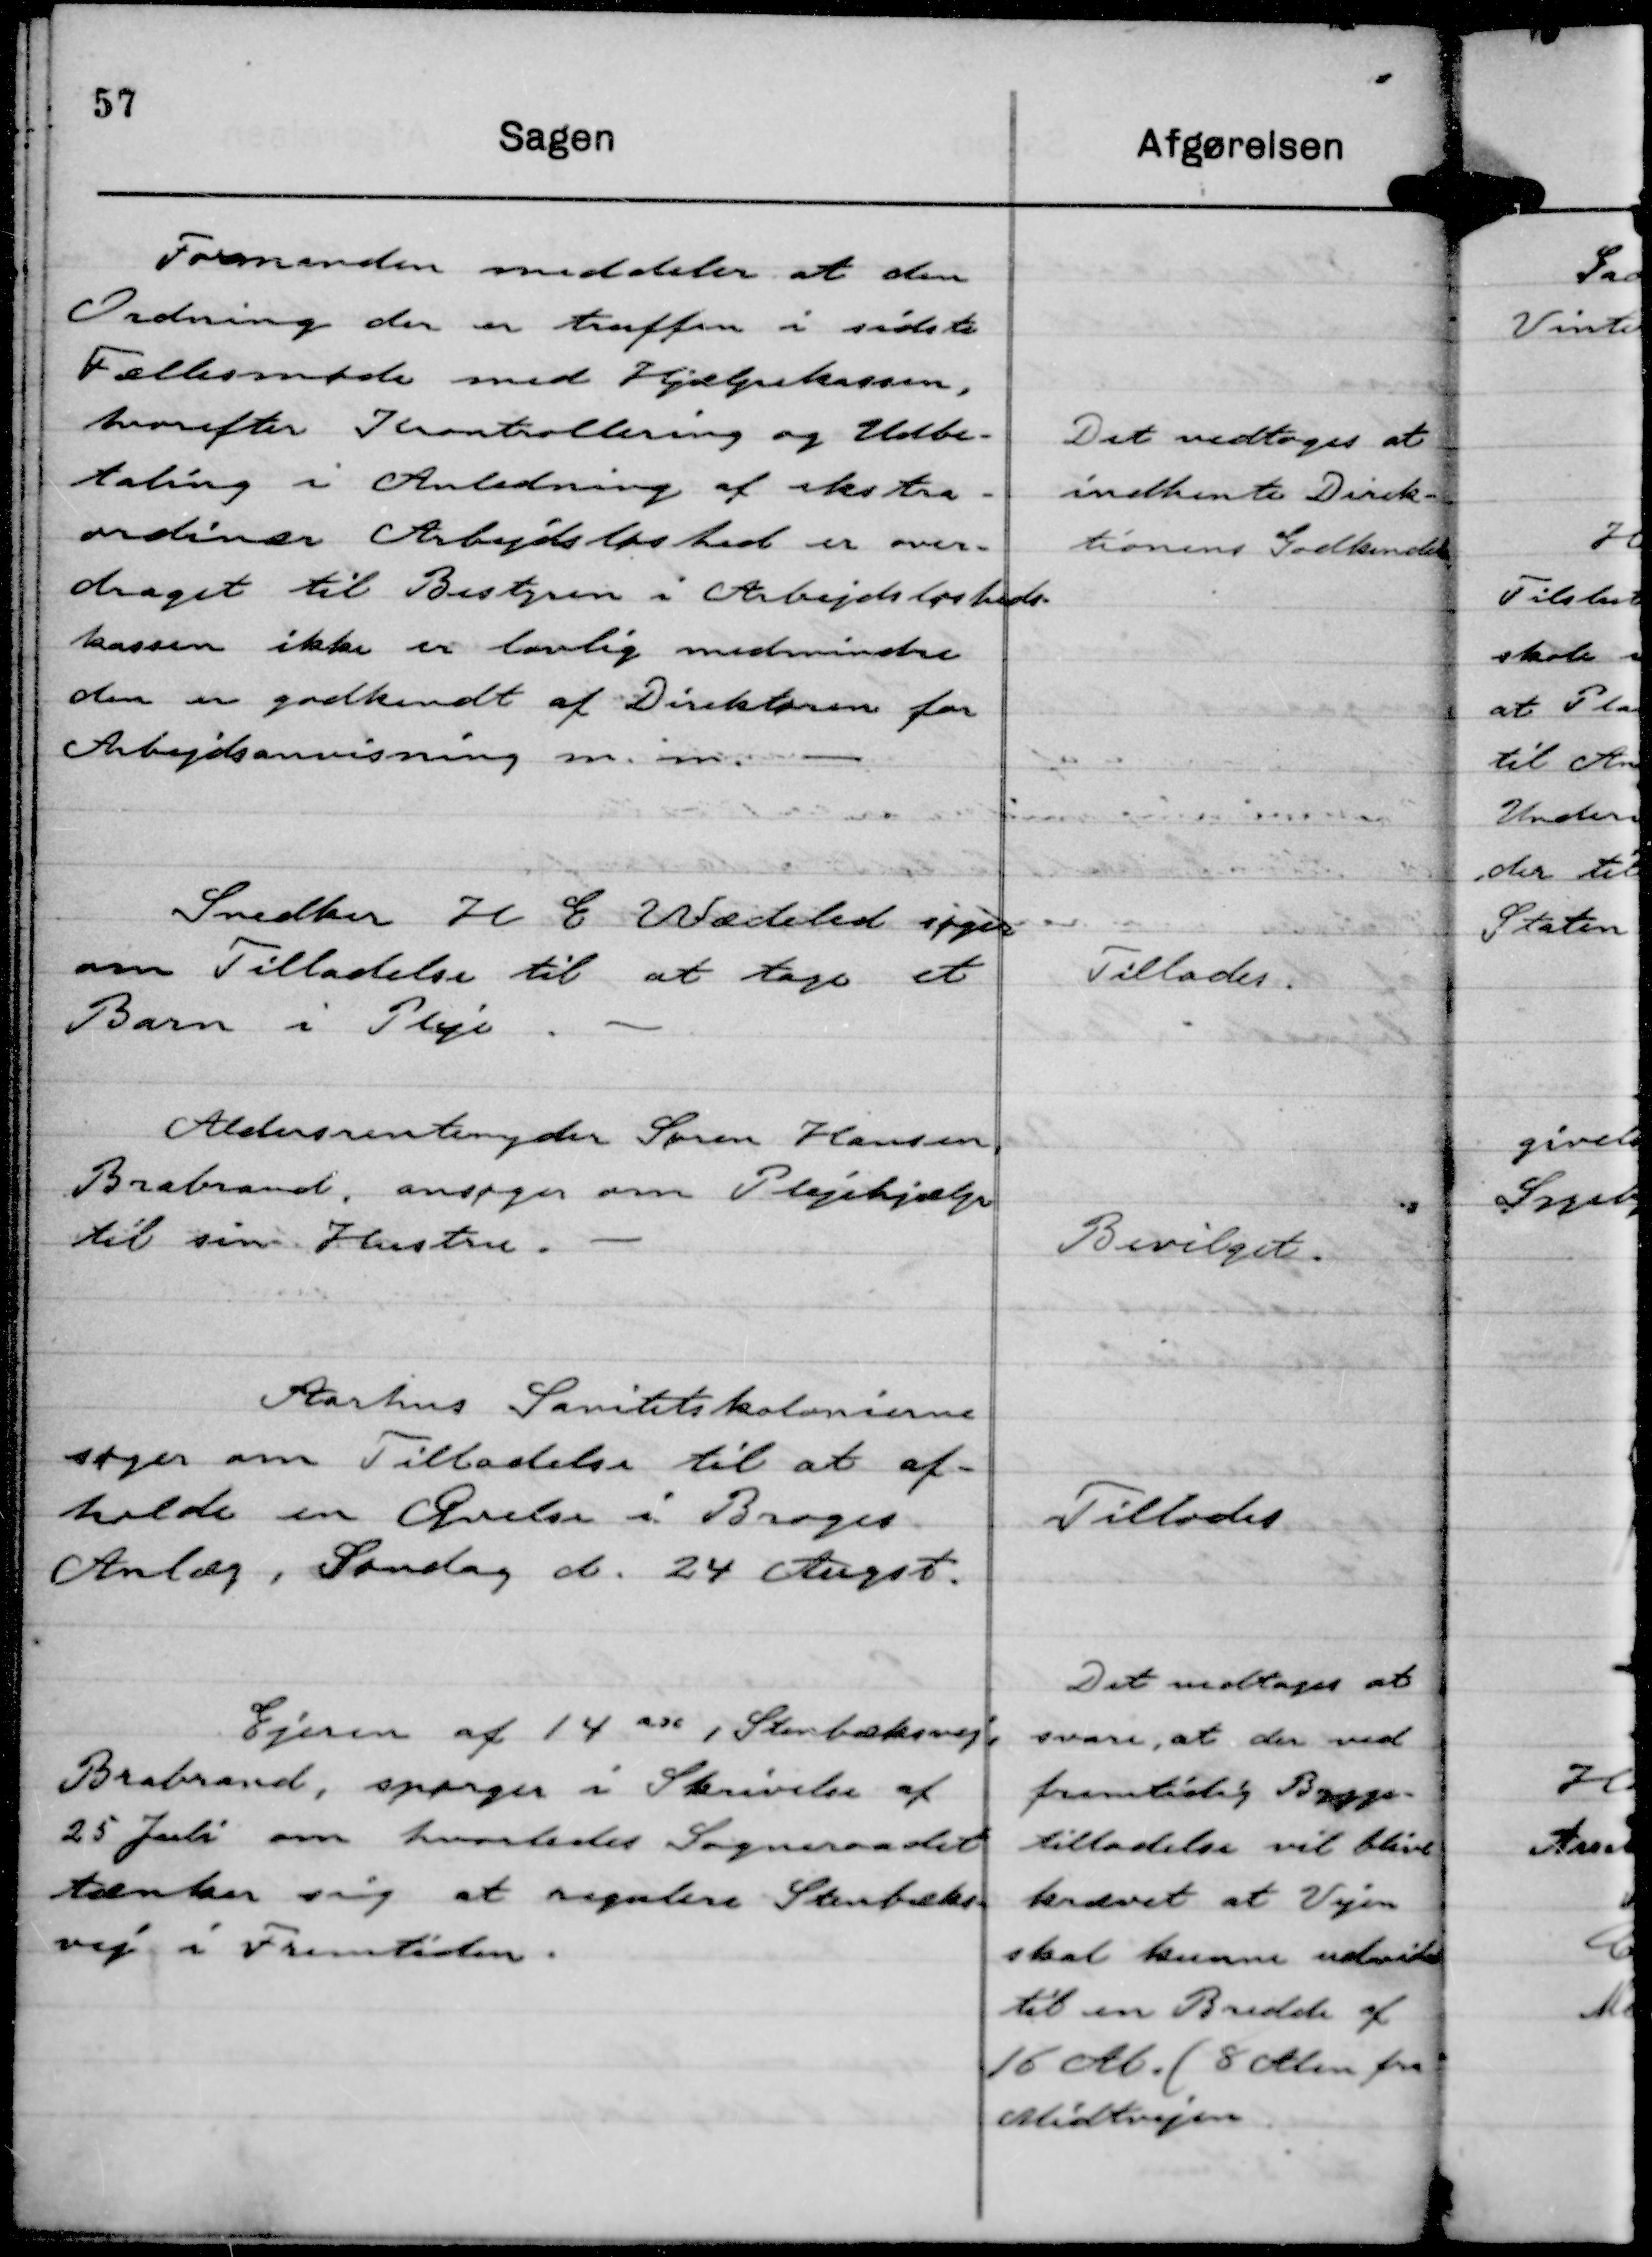
Transskription:
Formanden meddeler at den
Ordning der er truffen i sidste
Fællesmøde med Hjælpekassen,
hvorefter Kontrollering og Udbe-
taling i Anledning af ekstra-
ordinær Arbejdsløshed er over-
draget til Bestyren i Arbejdsløsheds-
kassen ikke er lovlig medmindre
den er godkendt af Direktøren for
Arbejdsanvisning m. m.

Det vedtoges at
indhente Direk-
tionens Godkendelse

Snedker H E Wædeled søger
om Tilladelse til at tage et
Barn i Pleje.

Tillades.

Aldersrentenyder Søren Hansen,
Brabrand, ansøger om Plejehjælp
til sin Hustru.

Bevilget.

Aarhus Sanitetskolonierne
søger om Tilladelse til at af-
holde en Øvelse i Broges
Anlæg. Søndag d. 24 Augst.

Tillodes

Ejeren af 14 adc , Stenbæksvej,
Brabrand, spørger i Skrivelse af
25 Juli om hvorledes Sogneraadet
tænker sig at regulere Stenbæks-
vej i Fremtiden.

Det vedtages at
svare, at der ved
fremtidig Bygge-
tilladelse vil blive
krævet at Vejen
skal kunne udvides
til en Bredde af
16 Al. ( 8 Alen fra
Midtvejen